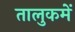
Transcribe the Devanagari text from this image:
तालुकमें